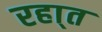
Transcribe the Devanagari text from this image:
रहा्त